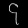
Digit: ၄